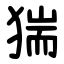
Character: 猯